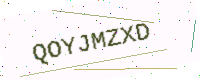
Text: QOYJMZXD